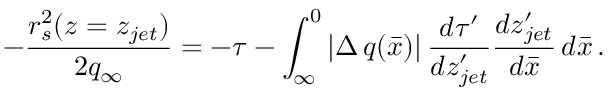
- \frac { r _ { s } ^ { 2 } ( z = z _ { j e t } ) } { 2 q _ { \infty } } = - \tau - \int _ { \infty } ^ { 0 } | \Delta \, q ( \bar { x } ) | \, \frac { d \tau ^ { \prime } } { d z _ { j e t } ^ { \prime } } \frac { d z _ { j e t } ^ { \prime } } { d \bar { x } } \, d \bar { x } \, .